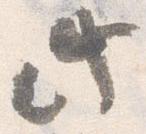
此